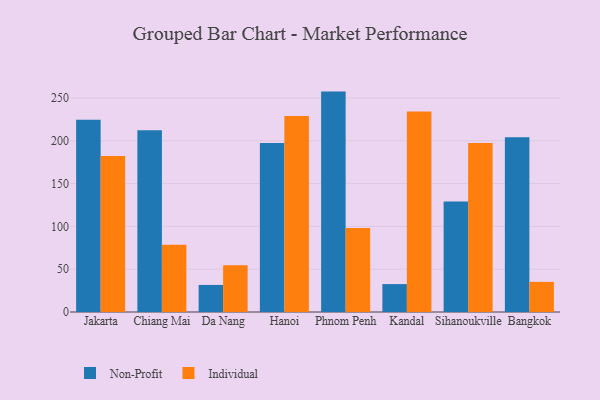
{"axis": {"x": "City", "y": "Population (Million)"}, "legend": ["Individual", "Non-Profit"], "data": [{"x": "Jakarta", "y": 224.6, "type": "Non-Profit"}, {"x": "Jakarta", "y": 182.1, "type": "Individual"}, {"x": "Chiang Mai", "y": 212.2, "type": "Non-Profit"}, {"x": "Chiang Mai", "y": 78.6, "type": "Individual"}, {"x": "Da Nang", "y": 31.6, "type": "Non-Profit"}, {"x": "Da Nang", "y": 54.7, "type": "Individual"}, {"x": "Hanoi", "y": 197.4, "type": "Non-Profit"}, {"x": "Hanoi", "y": 229.0, "type": "Individual"}, {"x": "Phnom Penh", "y": 257.4, "type": "Non-Profit"}, {"x": "Phnom Penh", "y": 98.1, "type": "Individual"}, {"x": "Kandal", "y": 32.6, "type": "Non-Profit"}, {"x": "Kandal", "y": 234.3, "type": "Individual"}, {"x": "Sihanoukville", "y": 129.1, "type": "Non-Profit"}, {"x": "Sihanoukville", "y": 197.5, "type": "Individual"}, {"x": "Bangkok", "y": 204.2, "type": "Non-Profit"}, {"x": "Bangkok", "y": 35.2, "type": "Individual"}]}